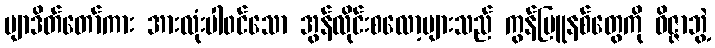
ဗျာဒိတ်တော်ကား အားလုံးပါ၀င်သော အွန်လိုင်းစလော့များသည် ကွန်မြူနစ်တွေကို ဝိဇ္ဇာဘွဲ့